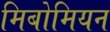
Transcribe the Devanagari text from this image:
मिबोमियन